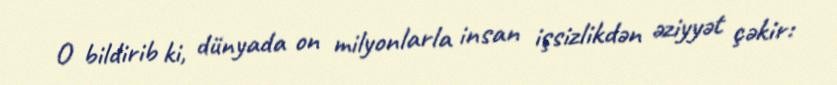
O bildirib ki, dünyada on milyonlarla insan işsizlikdən əziyyət çəkir: